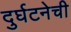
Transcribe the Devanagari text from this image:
दुर्घटनेची